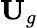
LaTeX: \textbf{U}_{g}